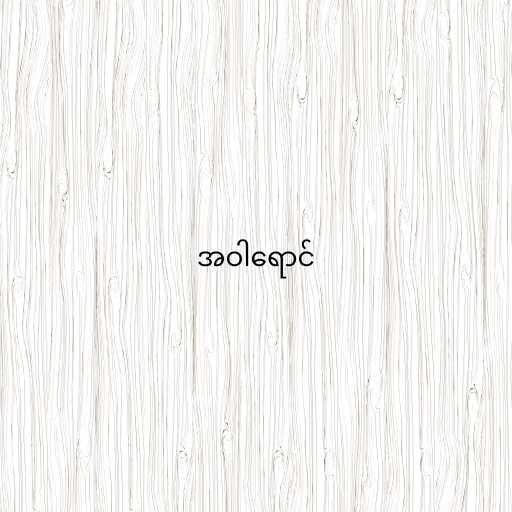
အဝါရောင်